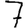
Digit: 7